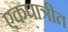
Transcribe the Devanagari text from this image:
एकपात्रीत